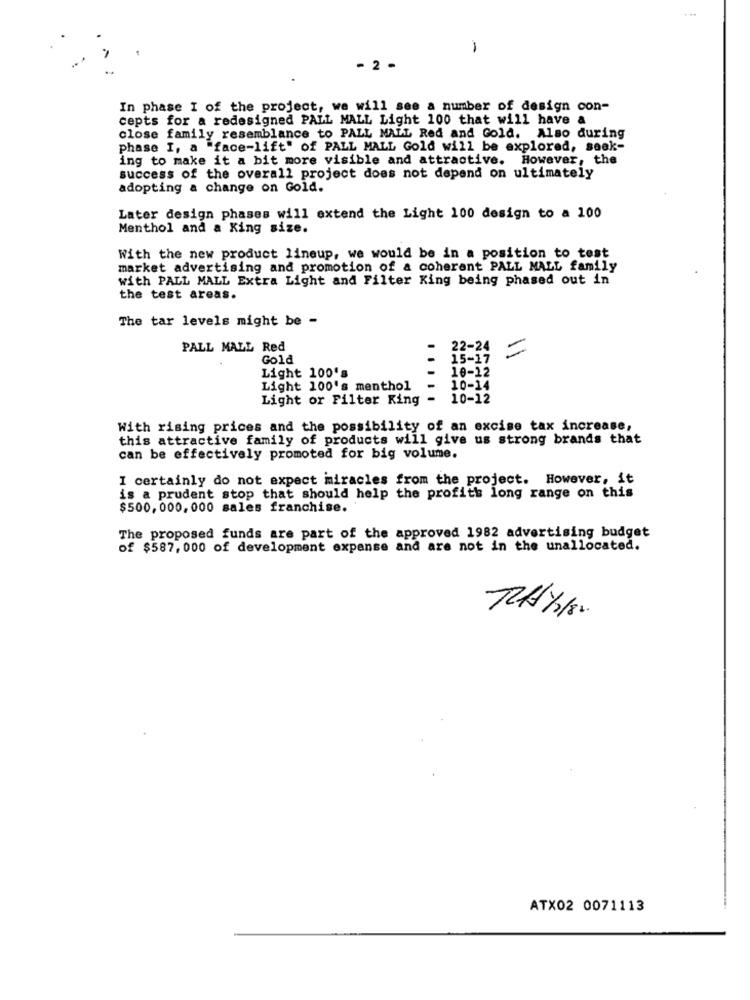
-
- 2 -
In phase I of the project, we will see a number of design con-
cepts for a redesigned PALL MALL Light 100 that will have a
close family resemblance to PALL MALL Red and Gold. Also during
phase I, a "face-lift" of PALL MALL Gold will be explored, soek-
ing to make it a bit more visible and attractive. However, the
success of the overall project does not depend on ultimately
adopting a change on Gold.
Later design phases will extend the Light 100 design to a 100
Menthol and a King size.
With the new product lineup, we would be in a position to test
market advertising and promotion of a coherent PALL MALL family
with PALL MALL Extra Light and Filter King being phased out in
the test areas.
The tar levels might be -
PALL MALL Red
22-24 -
Gold
15-17
Light 100's
10-12
Light 100's menthol
10-14
Light or Filter King
-
10-12
With rising prices and the possibility of an excise tax increase,
this attractive family of products will give us strong brands that
can be effectively promoted for big volume.
I certainly do not expect miracles from the project. However, it
is a prudent stop that should help the profith long range on this
$500,000, 000 sales franchise.
The proposed funds are part of the approved 1982 advertising budget
of $587, 000 of development expense and are not in the unallocated.
ATX02 0071113